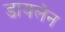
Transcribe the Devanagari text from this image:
डायलेन